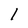
Character: l